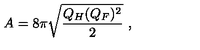
A = 8 \pi \sqrt { \frac { Q _ { H } ( Q _ { F } ) ^ { 2 } } { 2 } } \ ,